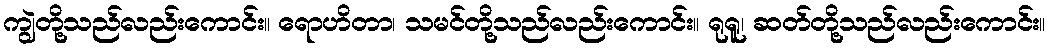
ကျွဲတို့သည်လည်းကောင်း။ ရောဟိတာ၊ သမင်တို့သည်လည်းကောင်း။ ရုရူ၊ ဆတ်တို့သည်လည်းကောင်း။